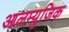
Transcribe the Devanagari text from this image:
आलम्युजिक